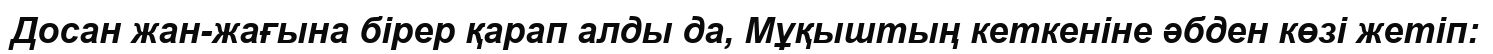
Досан жан-жағына бірер қарап алды да, Мұқыштың кеткеніне әбден көзі жетіп: